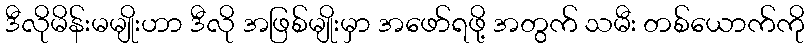
ဒီလိုမိန်းမမျိုးဟာ ဒီလို အဖြစ်မျိုးမှာ အဖော်ရဖို့ အတွက် သမီး တစ်ယောက်ကို